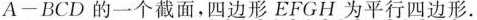
A-BCD的一个截面，四边形EFGH为平行四边形.